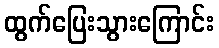
ထွက်ပြေးသွားကြောင်း